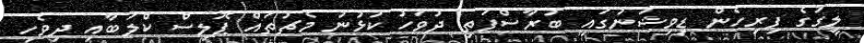
ލީގުގެ ފިރިހެން ޑިވިޝަނުގައި ބުރާސްފަތި ދުވަހު ކުޅުނު މެޗުތައް ޕޮލިސް ކްލަބާއި ދިވެހި